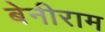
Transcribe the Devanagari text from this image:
बेनीराम